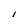
Character: I